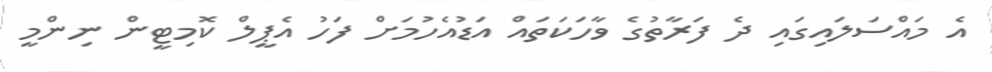
އެ މައްސަލައިގައި ދެ ފަރާތުގެ ވާހަކަތައް އަޑުއެހުމަށް ފަހު އެޕީލް ކޮމިޓީން ނިންމީ